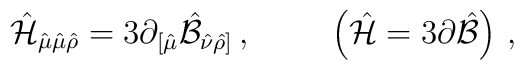
\hat{\cal H}_{\hat{\mu}\hat{\mu}\hat{\rho}}=3\partial_{[\hat{\mu}}\hat{\cal B}_{\hat{\nu}\hat{\rho}]}\, ,   \hspace{1cm}\left(\hat{\cal H}=3\partial\hat{\cal B}\right)\, ,